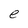
Character: e